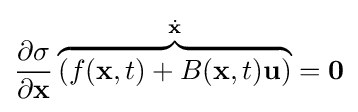
{\frac {\partial \sigma }{\partial \mathbf {x} }}\overbrace {\left(f(\mathbf {x} ,t)+B(\mathbf {x} ,t)\mathbf {u} \right)} ^{\dot {\mathbf {x} }}=\mathbf {0}